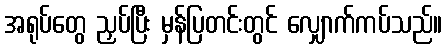
အရုပ်တွေ ညှပ်ပြီး မှန်ပြတင်းတွင် လျှောက်ကပ်သည်။